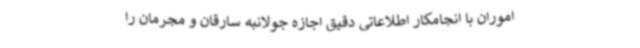
اموران با انجامکار اطلاعاتی دقیق اجازه جولانبه سارقان و مجرمان را